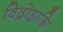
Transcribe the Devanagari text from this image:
विद्रोहाग्नि